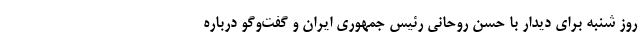
روز شنبه برای دیدار با حسن روحانی رئیس جمهوری ایران و گفت‌وگو درباره